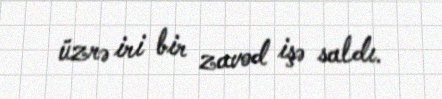
üzrə iri bir zavod işə saldı.